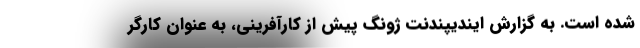
شده است. به گزارش ایندیپندنت ژونگ پیش از کارآفرینی، به عنوان کارگر